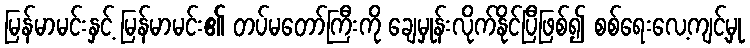
မြန်မာမင်းနှင့် မြန်မာမင်း၏ တပ်မတော်ကြီးကို ချေမှုန်းလိုက်နိုင်ပြီဖြစ်၍ စစ်ရေးလေ့ကျင့်မှု